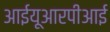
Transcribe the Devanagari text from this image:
आईयूआरपीआई